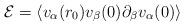
LaTeX: \begin{align*}{\cal E } = \left \langle v_{\alpha}(r_0) v_{\beta}(0) \partial_{\beta}v_{\alpha}(0) \right \rangle\end{align*}